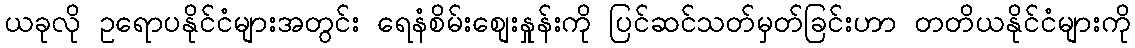
ယခုလို ဥရောပနိုင်ငံများအတွင်း ရေနံစိမ်းစျေးနှုန်းကို ပြင်ဆင်သတ်မှတ်ခြင်းဟာ တတိယနိုင်ငံများကို